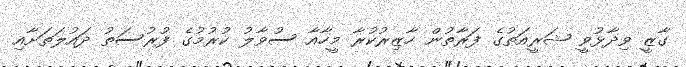
ގާޒީ ވިދާޅުވީ ޝަރީއަތުގެ ފަރާތުން ހާޒިރުކުރާ މީހާއާ ސުވާލު ކުރުމުގެ ފުރުސަތު ދައުލަތަށާއި